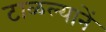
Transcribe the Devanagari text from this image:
टाळल्यानें